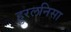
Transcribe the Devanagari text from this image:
हुरलनिसा